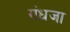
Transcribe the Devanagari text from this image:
गंधजा